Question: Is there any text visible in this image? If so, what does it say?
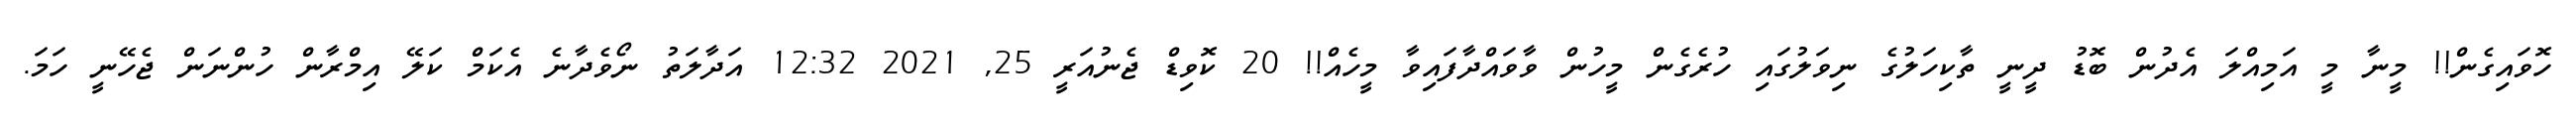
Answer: ހޮވައިގެން!! މީނާ މީ އަމިއްލަ އެދުން ބޮޑު ދީނީ ތާކިހަލުގެ ނިވަލުގައި ހުރެގެން މީހުން ވާވައްދާފައިވާ މީހެއް!! 20 ކޮވިޑް ޖެނުއަރީ 25, 2021 12:32 އަދާލަތު ނޯވެދާނެ އެކަމް ކަލޭ އިމްރާން ހުންނަން ޖެހޭނީ ހަމަ.